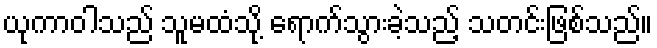
ယုကာဝါသည် သူမထံသို့ ရောက်သွားခဲ့သည့် သတင်းဖြစ်သည်။